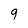
Character: 9